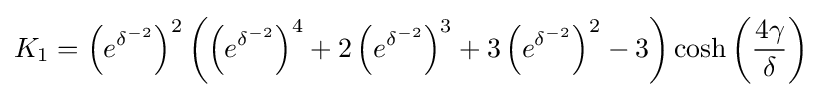
K_{1}=\left(e^{\delta ^{-2}}\right)^{2}\left(\left(e^{\delta ^{-2}}\right)^{4}+2\left(e^{\delta ^{-2}}\right)^{3}+3\left(e^{\delta ^{-2}}\right)^{2}-3\right)\cosh \left({\frac {4\gamma }{\delta }}\right)